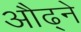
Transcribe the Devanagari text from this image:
औढ्ने